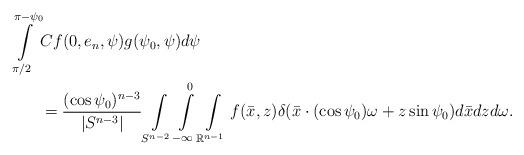
LaTeX: \begin{align*}\int\limits_{\pi/2}^{\pi-\psi_0}&Cf(0,e_n,\psi)g(\psi_0,\psi)d\psi \\&=\frac{(\cos\psi_0)^{n-3}}{|S^{n-3}|}\int\limits_{S^{n-2}}\int\limits_{-\infty}^0 \int\limits_{\mathbb{R}^{n-1}} f(\bar{x},z) \delta(\bar{x}\cdot (\cos\psi_0)\omega+z\sin\psi_0)d\bar{x}dz d\omega.\end{align*}